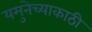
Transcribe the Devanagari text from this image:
यमुनेच्याकाठी